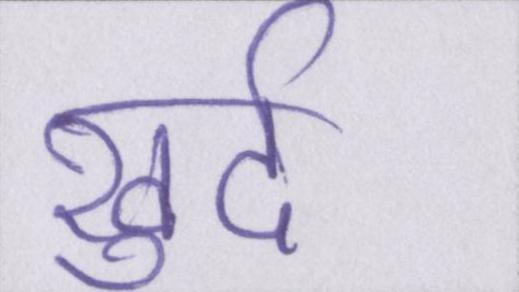
खुर्द